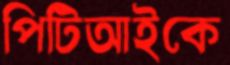
পিটিআইকে